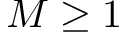
M \geq 1